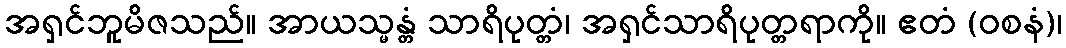
အရှင်ဘူမိဇသည်။ အာယသ္မန္တံ သာရိပုတ္တံ၊ အရှင်သာရိပုတ္တရာကို။ ဧတံ (ဝစနံ)၊